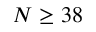
N \geq 3 8